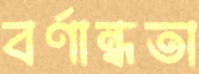
বর্ণান্ধতা